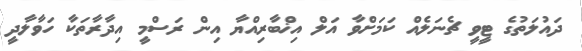
ދައުލަތުގެ ޓީވީ ޗެނަލެއް ކަމަށްވާ އަލް އިޚްބާރިއްޔާ އިން ރަސްމީ އިދާރާތަކާ ހަވާލާދީ